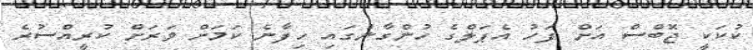
ކުކަކީ ޖޮބްސް އަށް ފަހު އެޕަލްގެ ހުންގާނުގައި ހިފާނެ ކަމަށް ވަރަށް ކުރީއްސުރެ